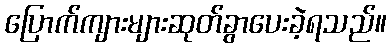
ပြောက်ကျားများဆုတ်ခွာပေးခဲ့ရသည်။